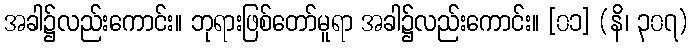
အခါ၌လည်းကောင်း။ ဘုရားဖြစ်တော်မူရာ အခါ၌လည်းကောင်း။ [၀၁] (နိ၊ ၃၀၇)